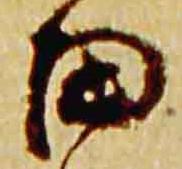
田